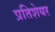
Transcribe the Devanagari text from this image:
प्रतिशेयर